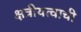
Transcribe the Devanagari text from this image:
क्षत्रीयत्वाची